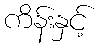
ကိန်းနှင့်